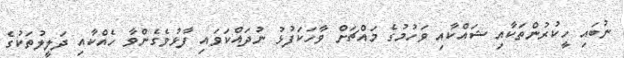
ނުބައި ހީކުރުންތަކާއި ޝައްކާއި ވަހުމުގެ މައްޗަށް ވާހަކަފުޅު ނުދައްކަވައި ފާޅުވެގެންވާ ހެއްކާއި ދަލީލުތަކުގެ